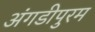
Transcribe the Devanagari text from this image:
अंगडीपुरम